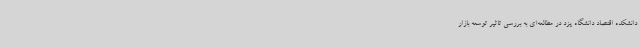
دانشکده اقتصاد دانشگاه یزد در مطالعه‌ای به بررسی تاثیر توسعه بازار